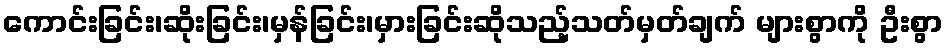
ကောင်းခြင်း၊ဆိုးခြင်း၊မှန်ခြင်း၊မှားခြင်းဆိုသည့်သတ်မှတ်ချက် များစွာကို ဦးစွာ